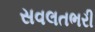
સવલતભરી